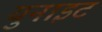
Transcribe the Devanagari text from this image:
युनाइट